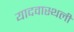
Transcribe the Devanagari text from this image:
यादवास्थली